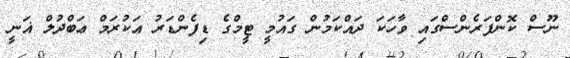
ނޫސް ކޮންފަރެންސްގައި ވާހަކަ ދައްކަމުން ގައުމީ ޓީމްގެ ޑިފެންޑަރު އަކުރަމް ޢަބްދުލް ޣަނީ